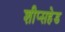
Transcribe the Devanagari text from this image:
शीप्सहेड